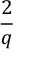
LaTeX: \frac { 2 } { q }